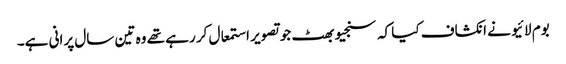
بوم لائیو نے انکشاف کیا کہ سنجیو بھٹ جو تصویر استمعال کر رہے تھے وہ تین سال پرانی ہے۔